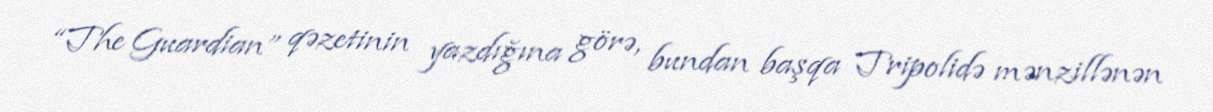
“The Guardian” qəzetinin yazdığına görə, bundan başqa Tripolidə mənzillənən